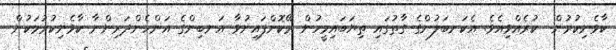
ކާވެނިކުރުން  ކުރެއްވިއެވެ. އެކަނބަލުންގެ ގާތުގައި ތިޔަބައިމީހުން ރޭކޮށްފައިނުވާ އަނބިންގެ އަންހެންދަރިންނާ ކާވެނިކުރުމަކުން